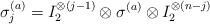
LaTeX: \begin{align*} \sigma_{ j }^{(a)}=I_2^{\otimes(j-1)}\otimes\sigma^{(a)}\otimes I_2^{\otimes(n-j)}\end{align*}